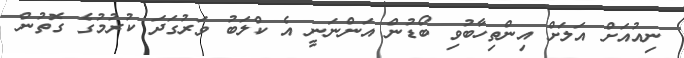
ނިއުއަށް އަލަށް އިންތިހާބުވި ބޯޑުން އަންނަނީ އެ ކްލަބު ވަރުގަދަ ކުރުމުގެ ގޮތުން